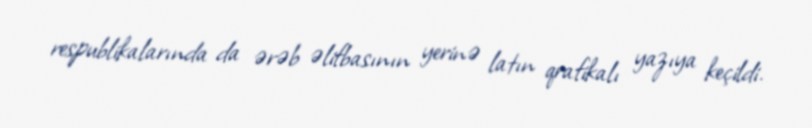
respublikalarında da ərəb əlifbasının yerinə latın qrafikalı yazıya keçildi.